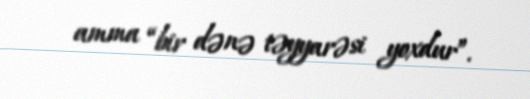
amma “bir dənə təyyarəsi yoxdur”.